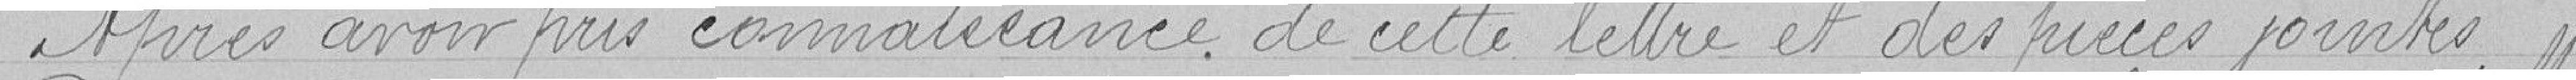
Après avoir pris connaissance de cette lettre et des pièces jointes,